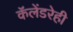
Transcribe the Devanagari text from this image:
कॅलेंडरेही